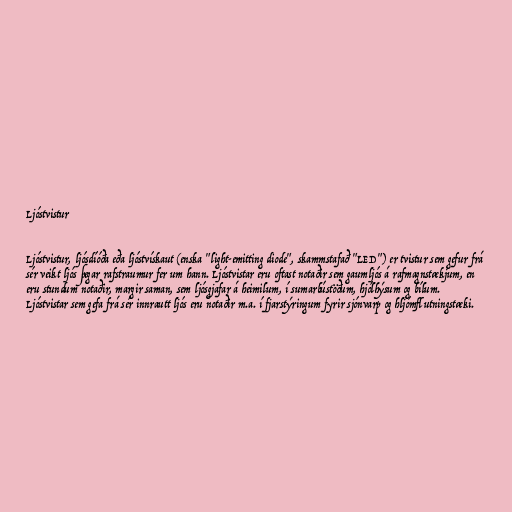
Ljóstvistur

Ljóstvistur, ljósdíóða eða ljóstvískaut (enska "light-emitting diode", skammstafað "LED") er tvistur sem gefur frá
sér veikt ljós þegar rafstraumur fer um hann. Ljóstvistar eru oftast notaðir sem gaumljós á rafmagnstækjum, en
eru stundum notaðir, margir saman, sem ljósgjafar á heimilum, í sumarbústöðum, hjólhýsum og bílum.
Ljóstvistar sem gefa frá sér innrautt ljós eru notaðir m.a. í fjarstýringum fyrir sjónvarp og hljómflutningstæki.